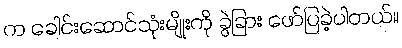
က ခေါင်းဆောင်သုံးမျိုးကို ခွဲခြား ဖော်ပြခဲ့ပါတယ်။